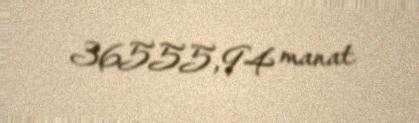
36555,94 manat